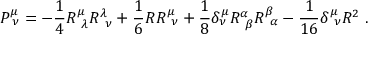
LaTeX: P _ { \ \nu } ^ { \mu } = - { \frac { 1 } { 4 } } R _ { \ \lambda } ^ { \mu } R _ { \ \nu } ^ { \lambda } + { \frac { 1 } { 6 } } R R _ { \ \nu } ^ { \mu } + { \frac { 1 } { 8 } } \delta _ { \nu } ^ { \mu } R _ { \ \beta } ^ { \alpha } R _ { \ \alpha } ^ { \beta } - { \frac { 1 } { 1 6 } } \delta _ { \ \nu } ^ { \mu } R ^ { 2 } \ .